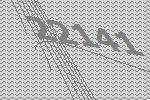
22141